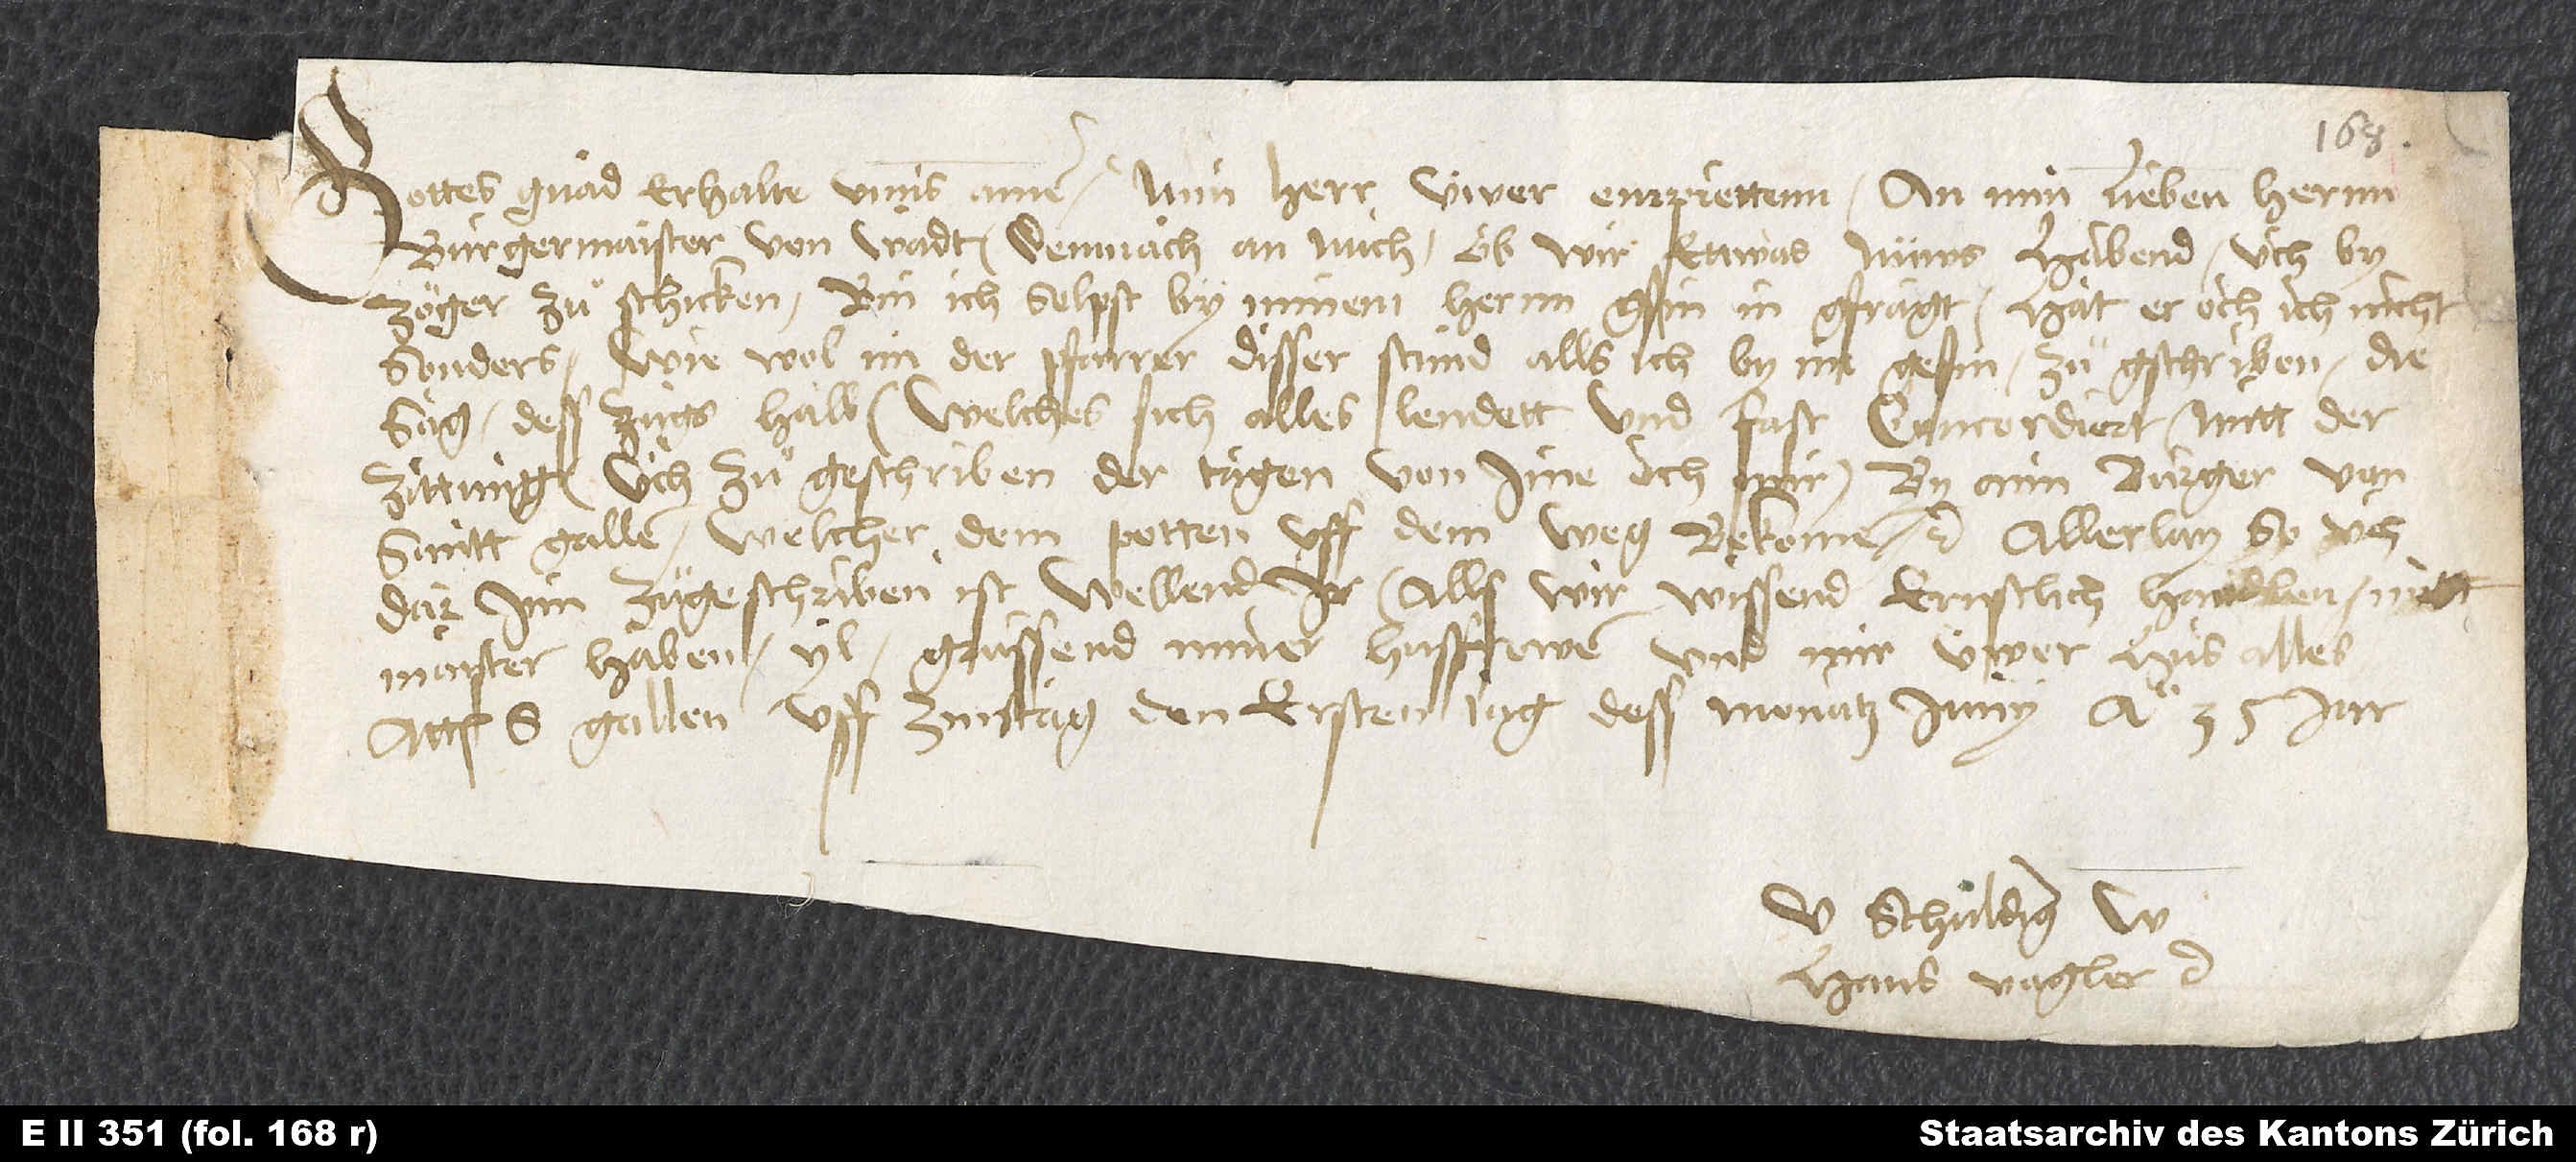
Gottes gnad erhalte unns. Amen. Min herr, üwer empiettenn an min lieben hernn
burgermaister von Wadten, demnach an mich, ob wir ettwas nüws habend, üch by
zöger zu schicken, bin ich selpst by minem hernn gsin, in gfragt. Hat er, och ich, nicht
sonders. Wie wol im der pfarrer disser stund, alls ich by im gesin, zuͦ gschriben die
sag dess zugs halb, welches sich alles lendett und fast concordiert mitt der
zittung, üch zuͦ geschriben der tagen von ime och mir, by aim burger von
Santt Gallen, welcher dem potten uff dem weg bekomen etc., allerlay so üch
dar inn zuͦgeschriben ist. Wellend ir (alls wir wissend) ernstlich handlen mitt
maister Haben. Yl. Gruͤssend miner husfrowen und mir üwer hus alles.
Actum S. Gallen, uff zinstag, den ersten tag dess monatz juny anno 35. jar.
Hans Vogler etc.